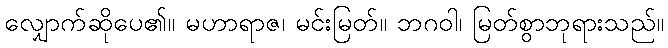
လျှောက်ဆိုပေ၏။ မဟာရာဇ၊ မင်းမြတ်။ ဘဂဝါ၊ မြတ်စွာဘုရားသည်။